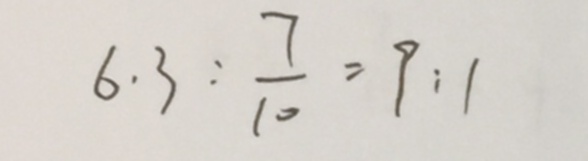
6 . 3 : \frac { 7 } { 1 0 } = 9 : 1